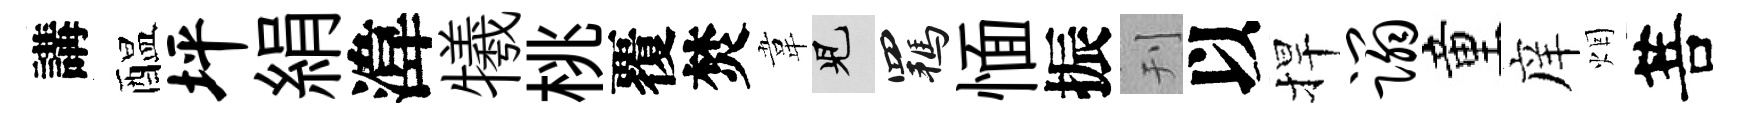
講醖坪絹湋犧桃覆焚韋兒羈愐振刊以捍蹋童庠烟菩